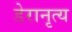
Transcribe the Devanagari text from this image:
डेरानृत्य